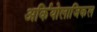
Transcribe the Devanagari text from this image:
अर्कियोलाजिकल